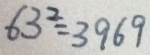
6 3 ^ { 2 } = 3 9 6 9